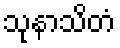
သုနာသိတံ